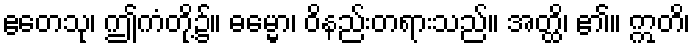
ဧတေသု၊ ဤကံတို့၌။ ဓမ္မော၊ ဝိနည်းတရားသည်။ အတ္ထိ၊ ၏။ ဣတိ၊